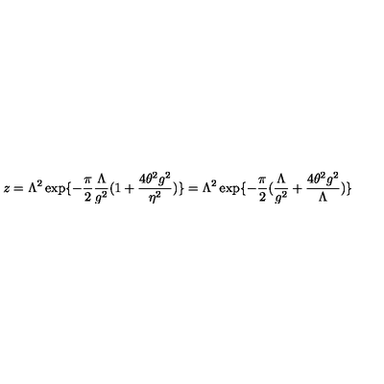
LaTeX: z = \Lambda ^ { 2 } \exp \{ - \frac { \pi } { 2 } \frac { \Lambda } { g ^ { 2 } } ( 1 + \frac { 4 \theta ^ { 2 } g ^ { 2 } } { \eta ^ { 2 } } ) \} = \Lambda ^ { 2 } \exp \{ - \frac { \pi } { 2 } ( \frac { \Lambda } { g ^ { 2 } } + \frac { 4 \theta ^ { 2 } g ^ { 2 } } { \Lambda } ) \}